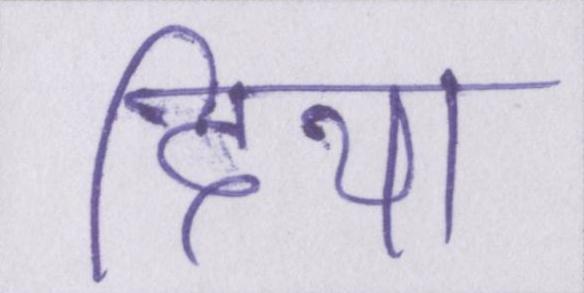
दिया